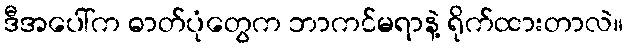
ဒီအပေါ်က ဓာတ်ပုံတွေက ဘာကင်မရာနဲ့ ရိုက်ထားတာလဲ။